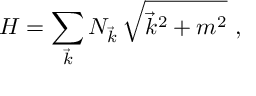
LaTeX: H = \sum _ { \vec { k } } N _ { \vec { k } } \, \sqrt { \vec { k } ^ { 2 } + m ^ { 2 } } \, \, ,